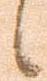
候